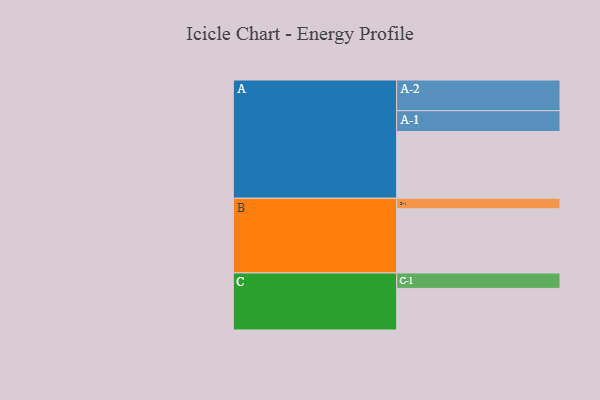
{"axis": {"x": "Segment", "y": "Value"}, "legend": ["", "A", "B", "C"], "data": [{"x": "A", "y": 592, "type": ""}, {"x": "B", "y": 570, "type": ""}, {"x": "C", "y": 369, "type": ""}, {"x": "A-1", "y": 185, "type": "A"}, {"x": "A-2", "y": 272, "type": "A"}, {"x": "B-1", "y": 93, "type": "B"}, {"x": "C-1", "y": 137, "type": "C"}]}